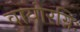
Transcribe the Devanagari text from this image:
वायोरग्निः